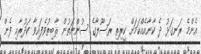
އެންމެ ރަނގަޅު ދެ ކާނާއެއްކަމަށް ކީރިތި ރަސޫލާގެ ސުންނަތުން ޘާބިތުވެފައިވާ ކަދުރާއި ފެން